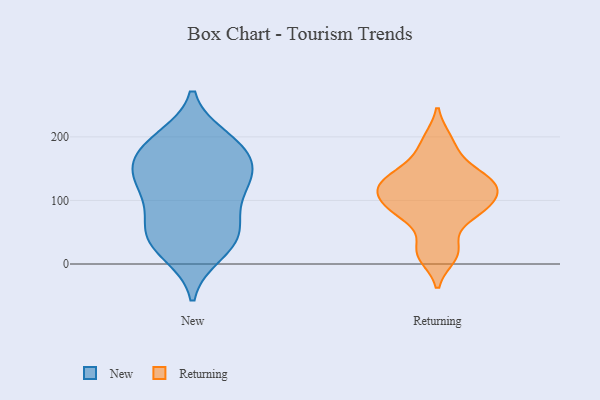
{"axis": {"x": "Bounce Rate (%)", "y": "Value"}, "legend": ["New", "Returning"], "data": [{"x": "", "y": 182, "type": "New"}, {"x": "", "y": 150, "type": "New"}, {"x": "", "y": 59, "type": "New"}, {"x": "", "y": 198, "type": "New"}, {"x": "", "y": 118, "type": "New"}, {"x": "", "y": 56, "type": "New"}, {"x": "", "y": 149, "type": "New"}, {"x": "", "y": 193, "type": "New"}, {"x": "", "y": 22, "type": "New"}, {"x": "", "y": 42, "type": "New"}, {"x": "", "y": 187, "type": "New"}, {"x": "", "y": 42, "type": "New"}, {"x": "", "y": 118, "type": "New"}, {"x": "", "y": 119, "type": "New"}, {"x": "", "y": 142, "type": "New"}, {"x": "", "y": 16, "type": "New"}, {"x": "", "y": 161, "type": "New"}, {"x": "", "y": 82, "type": "New"}, {"x": "", "y": 163, "type": "Returning"}, {"x": "", "y": 84, "type": "Returning"}, {"x": "", "y": 12, "type": "Returning"}, {"x": "", "y": 77, "type": "Returning"}, {"x": "", "y": 88, "type": "Returning"}, {"x": "", "y": 135, "type": "Returning"}, {"x": "", "y": 25, "type": "Returning"}, {"x": "", "y": 196, "type": "Returning"}, {"x": "", "y": 106, "type": "Returning"}, {"x": "", "y": 122, "type": "Returning"}, {"x": "", "y": 129, "type": "Returning"}, {"x": "", "y": 122, "type": "Returning"}]}